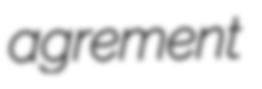
agrement